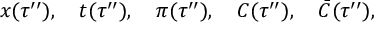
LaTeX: x ( \tau ^ { \prime \prime } ) , \quad t ( \tau ^ { \prime \prime } ) , \quad \pi ( \tau ^ { \prime \prime } ) , \quad { \cal C } ( \tau ^ { \prime \prime } ) , \quad { \bar { \cal C } } ( \tau ^ { \prime \prime } ) ,